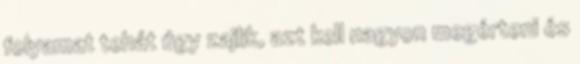
folyamat tehát úgy zajlik, azt kell nagyon megérteni és